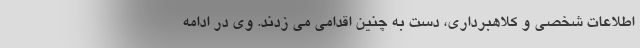
اطلاعات شخصی و کلاهبرداری، دست به چنین اقدامی می زدند. وی در ادامه